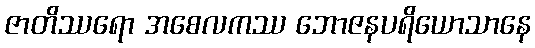
ဇာတိဿရော အစေလကဿ ဘောဇနပရိယောသာနေ